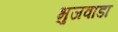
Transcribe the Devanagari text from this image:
भुजवाडा